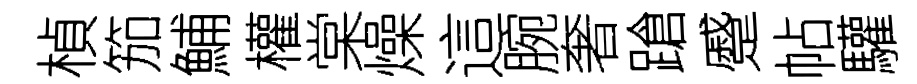
楨笳鯆權棠燥這腕奢蹌蹙帖驩